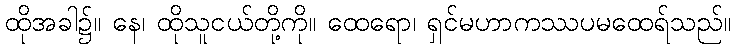
ထိုအခါ၌။ နေ၊ ထိုသူငယ်တို့ကို။ ထေရော၊ ရှင်မဟာကဿပမထေရ်သည်။